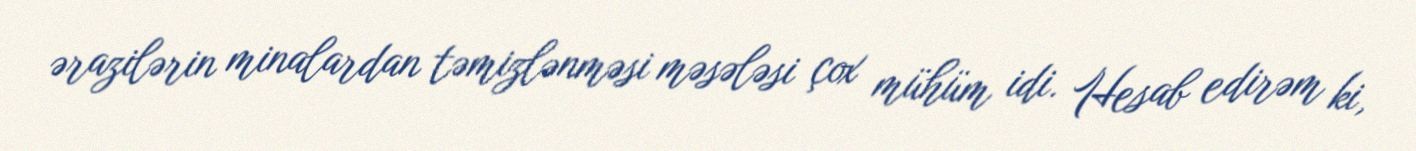
ərazilərin minalardan təmizlənməsi məsələsi çox mühüm idi. Hesab edirəm ki,